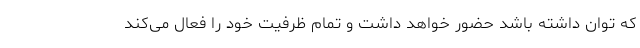
که توان داشته باشد حضور خواهد داشت و تمام ظرفیت خود را فعال می‌کند